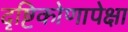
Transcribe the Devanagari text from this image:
दृष्टिकोणापेक्षा